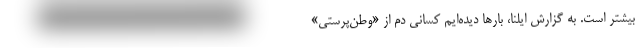
بیشتر است. به گزارش ایلنا، بارها دیده‌ایم کسانی دم از «وطن‌پرستی»